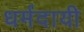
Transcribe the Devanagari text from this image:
धर्मदायी